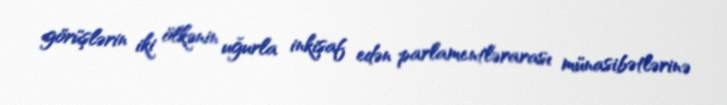
görüşlərin iki ölkənin uğurla inkişaf edən parlamentlərarası münasibətlərinə